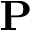
{ \bf P }